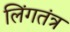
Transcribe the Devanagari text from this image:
लिंगतंत्र